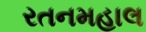
રતનમહાલ